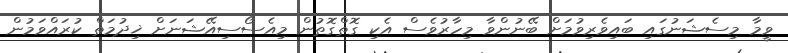
ވީމާ މިސެޝަނުގައި ބައިވެރިވުމަށް ބޭނުންވާ މިހާރުވެސް އެކި ގޮތްގޮތުން މިއެސޯސިއޭޝަނަށް ޚިދުމަތް ކުރައްވަމުން